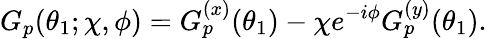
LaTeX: G_{p}(\theta_{1};\chi,\phi)=G_{p}^{(x)}(\theta_{1})-\chi e^{-i\phi}G_{p}^{(y)}(\theta_{1}).